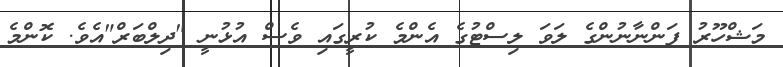
މަޝްހޫރު ފަންނާނުންގެ ލަވަ ލިސްޓުގެ އެންމެ ކުރީގައި ވެސް އުޅުނީ "ދިލްބަރް"އެވެ. ކޮންމެ